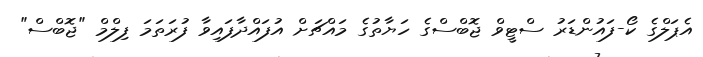
އެޕަލްގެ ކޯ-ފައުންޑަރު ސްޓީވް ޖޮބްސްގެ ހަޔާތުގެ މައްޗަށް އުފައްދާފައިވާ ފުރަތަމަ ފިލްމް "ޖޮބްސް"